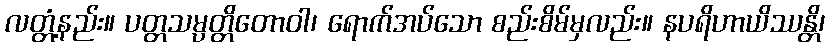
လတ္တံ့နည်း။ ပတ္တသမ္ပတ္တိတောဝါ၊ ရောက်အပ်သော စည်းစိမ်မှလည်း။ နပရိဟာယိဿန္တိ၊